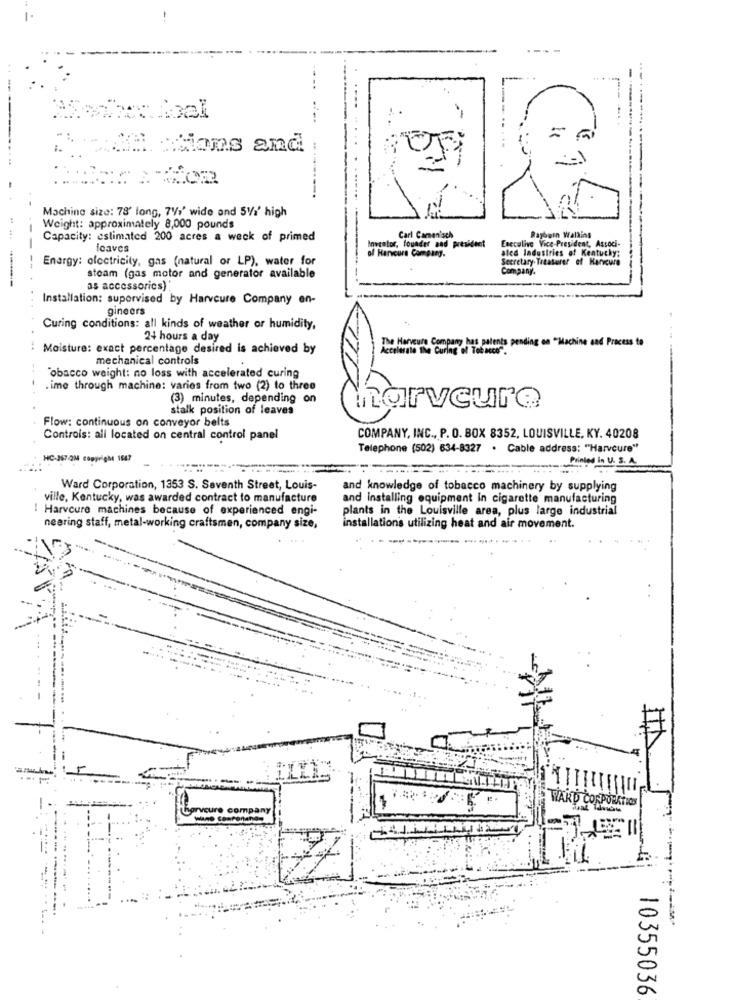
-18 Hans and
.....
--.
Machine size: 78' long, 741' wide and 5V/1' high
Weight: approximately 8,000 pounds
44
Capacity: estimated 200 acres a weck of primed
Carl Camen'sch
Enccalive Vice-President, Associ-
Rayburn Walling
icaves
Inventor, founder and president
ated ladustries of Kentucky:
Enargy: electricity, gas (natural or LP), water for
of Harveurs Company.
Secretary- Treasurer of Karveure
Company.
steam (gas motor and generator available
as accessories)
Installation: supervised by Harveure Company en-
gineers
Curing conditions: all kinds of weather or humidity,
24 hours a day
The Harveure Company has patents pending on "Machine and Process to
Moisture: exact percentage desired is achieved by
Accelerate The Curing of Tobacco".
mechanical controls
"obacco weight: no loss with accelerated curing
.ime through machine: varies from two (2) to three
(3) minutes, depending on
stalk position of leaves
harveure
Flow: continuous on conveyor belts
Controls: all located on central control panel
COMPANY, INC ., P. O. BOX 8352, LOUISVILLE, KY. 40208
Telephone (502) 634-8327 . Cable address: "Harveure"
HC-JSTON copyright 1047
Printed in U. S. A.
Ward Corporation, 1353 S. Seventh Street, Louis-
and knowledge of tobacco machinery by supplying
ville, Kentucky, was awarded contract to manufacture
and installing equipment In cigarette manufacturing
Harvcure machines because of experienced engi-
plants in the Louisville area, plus large industrial
nearing staff, metal-working craftsmen, company size,
installations utilizing heat and air movement.
WARD CORPORATION
ompar
10355036